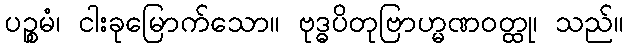
ပဉ္စမံ၊ ငါးခုမြောက်သော။ ဗုဒ္ဓပိတုဗြာဟ္မဏဝတ္ထု၊ သည်။